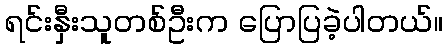
ရင်းနှီးသူတစ်ဦးက ပြောပြခဲ့ပါတယ်။